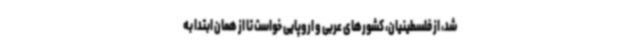
شد، از فلسطینیان، کشورهای عربی و اروپایی خواست تا از همان ابتدا به